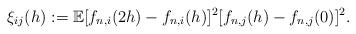
LaTeX: \begin{align*}\xi_{ij}(h) := \mathbb{E}[f_{n, i}(2h) - f_{n, i}(h)]^2[f_{n, j}(h) - f_{n, j}(0)]^2.\end{align*}